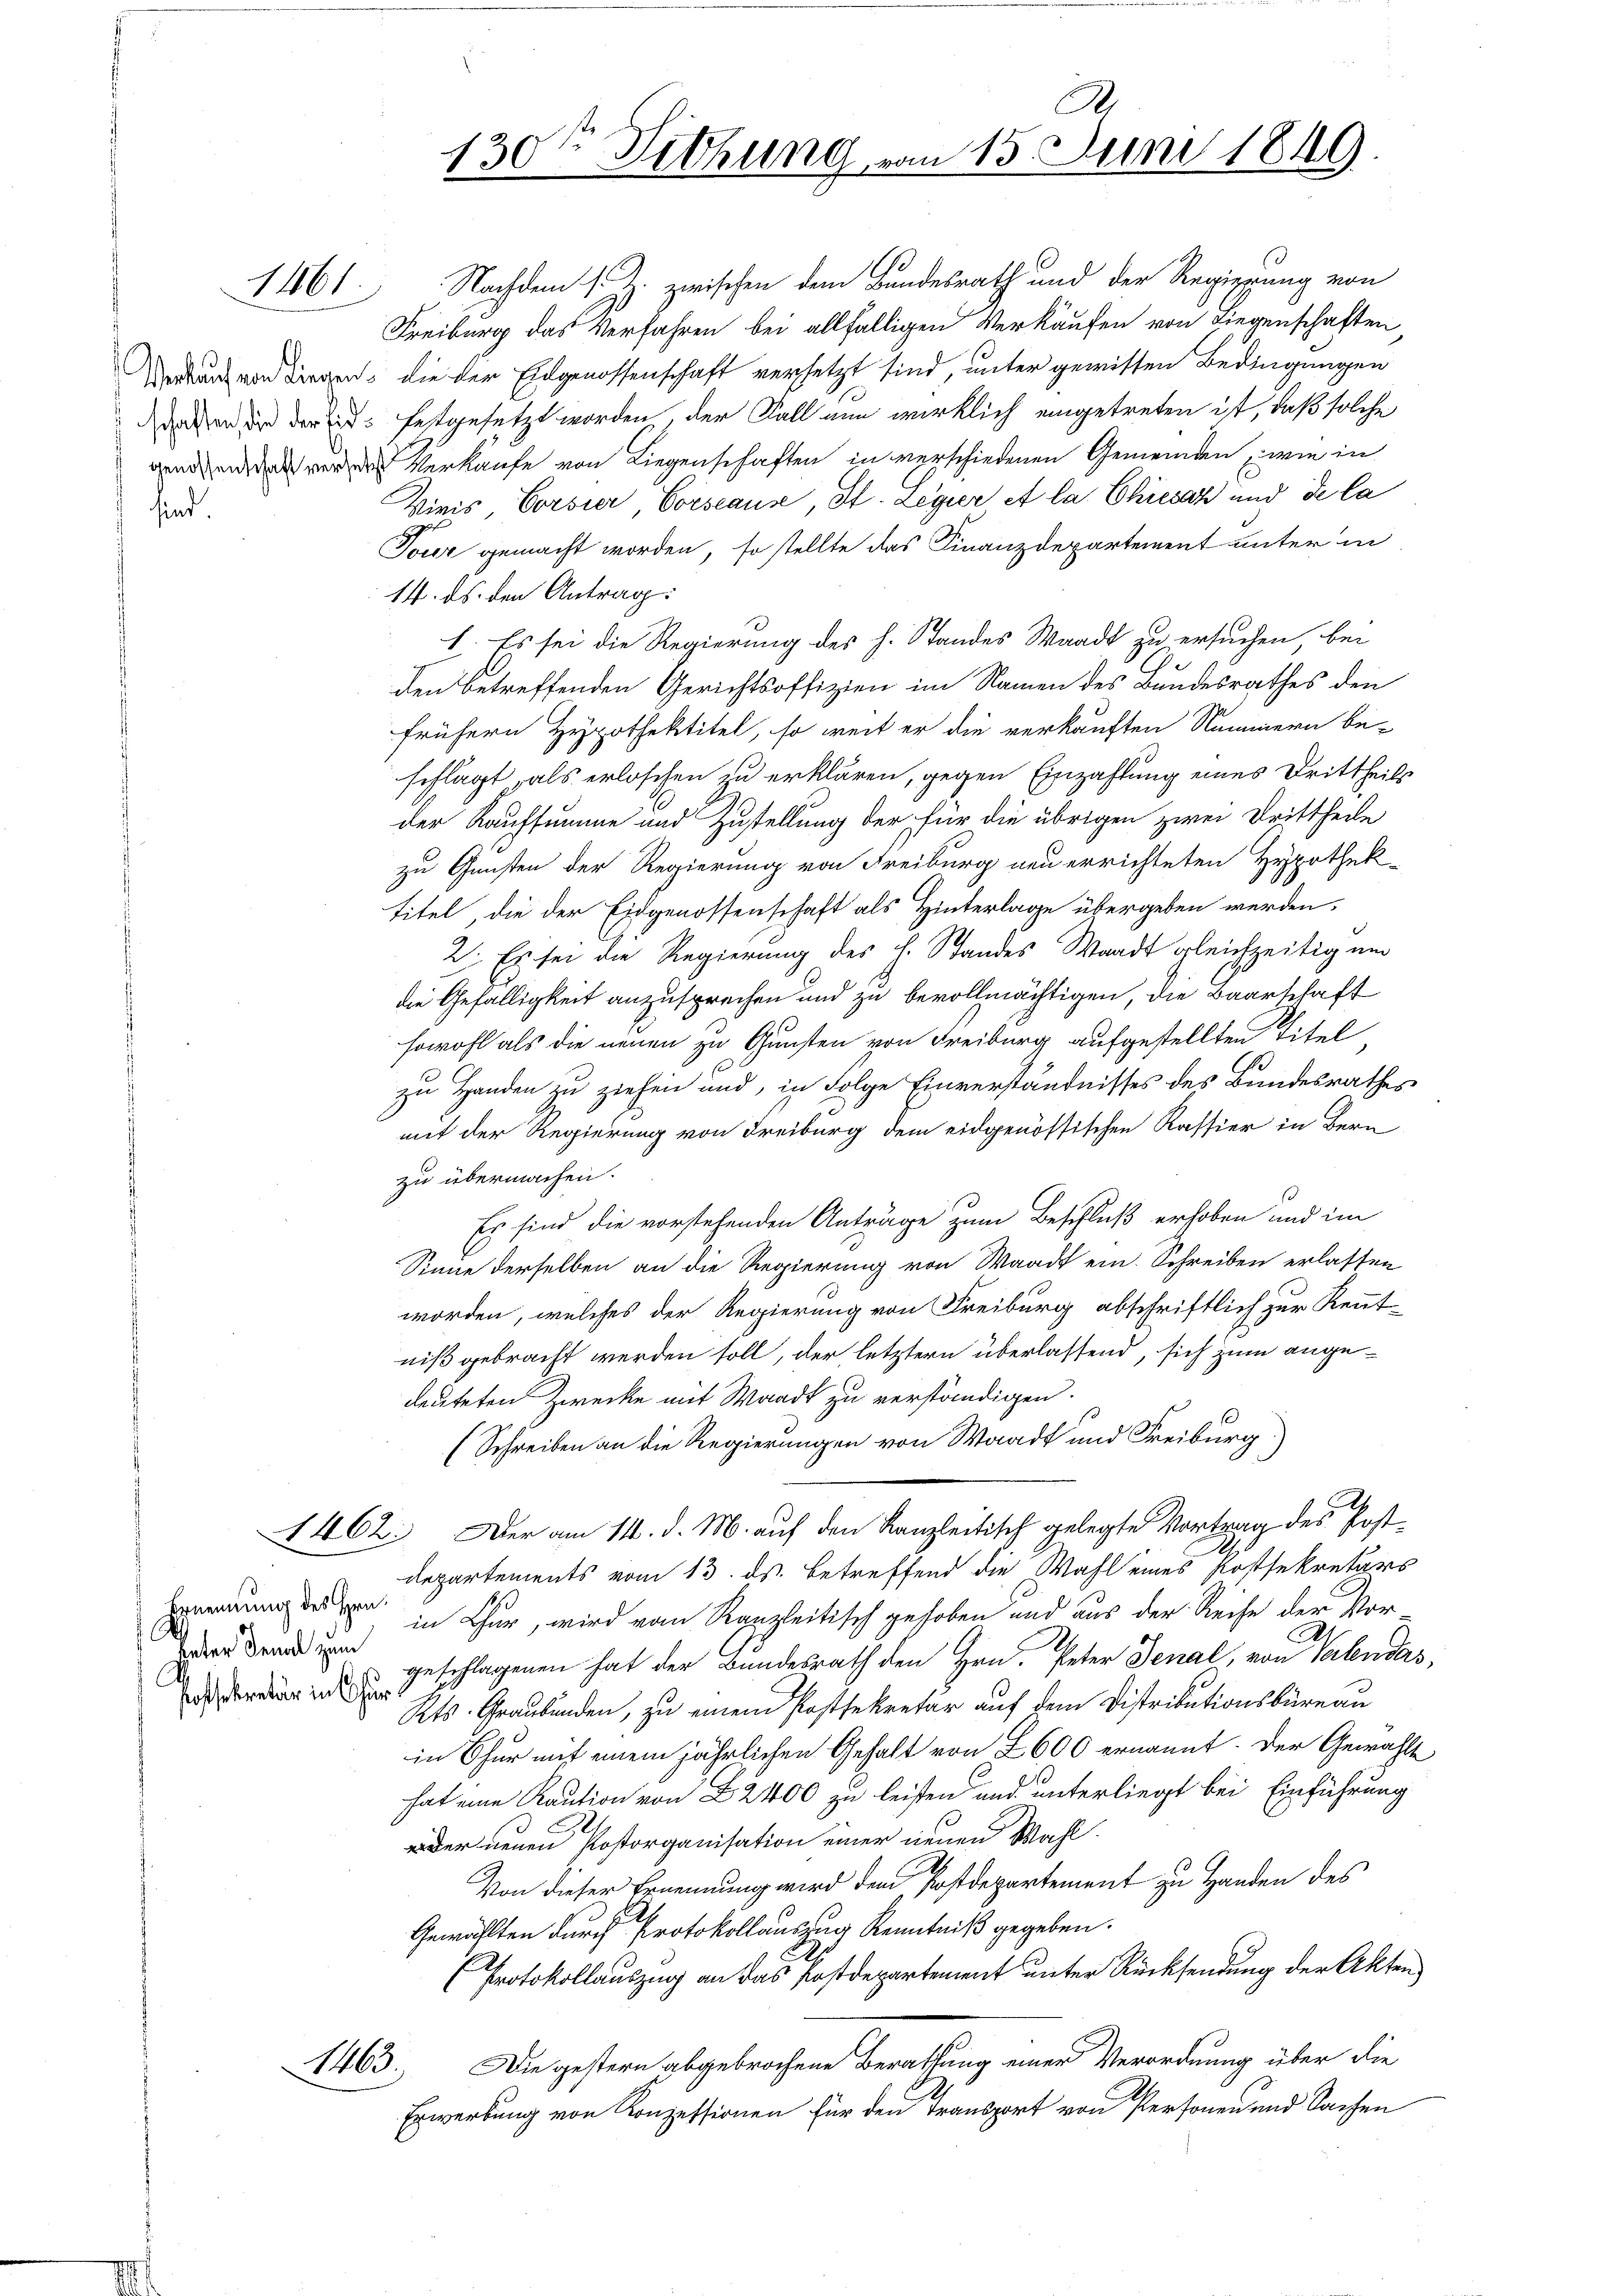
11861.

sind.

Ernennung des Hrn.
Pater dann zum
Possekretär in Thur¬

163.

.
130ten Sitzung vom 15. Juni 1849

Nachdem s. Z. zwischen dem Bundesrath und der Regierung von
Freiburg das Verfahren bei allfälligen Verkäufen von Liegenschaften,
Wenn irgen die der Eidgenossenschaft versetzt sind, unter gewissen Bedingungen
dn der der festgesetzt worden, der Fall nun wirklich eingetreten ist, daß solche
en Verkaufe von Liegenschaften in verschiedenen Gemeinden, wie in
Viris Corsier Vorseause, St. Legier et la Chiesaz und de la
Tour gemacht worden, so stellte das Finanzdepartement unter in
14. ds. den Antrag:
I. Es sei die Regierung des h. Standes Waadt zu ersuchen, bei
den betreffenden Gerichtsoffizien im Namen des Bundesrathes den
frühern Hypothektitel, so weit er die verkauften Nummern be-
schlägt, als erloschen zu erklären, gegen Einzahlung eines Drittheils
der Kaufsumme und Zustellung der für die übrigen zwei Drittheile
zu Gunsten der Regierung von Freiburg neu errichteten Hypothek-
Titel die der Eidgenossenschaft als Hinterlage übergeben werden,
2. Es sei die Regierung des H. Standes Waadt gleichzeitig um
die Gefälligkeit anzusprechen und zu bevollmächtigen, die Baarschaft
sowohl als die neuen zu Gunsten von Freiburg aufgestellten Titel,
zu Handen zu ziehen und, in Folge Einverständnisses des Bundesrathes
mit der Regierung von Freiburg dem eidgenössischen Kassier in Bern
zu übermachen.
Es sind die vorstehenden Anträge zum Beschluß erhoben und im
Sinne derselben an die Regierung von Waadt ein Schreiben erlassen
worden, welches der Regierung von Freiburg abschriftlich zur Kenntniß gebracht werden soll, der letztern überlassend, sich zum angeleuteten Zwecke mit Waadt zu verständigen.
(Schreiben an die Regierungen von Waadt und Freiburg.
1462. Der am 14. d. M. auf den Kanzleitisch gelegte Vortrag des Post¬
Departements vom 13. ds. betreffend die Wahl eines Postsekretärs
in Chur, wird vom Kanzleitisch gehoben und aus der Reise der Vor-
geschlagenen hat der Bundesrath den Hrn. Peter Denal, von Valen das,
Kts. Graubünden, zu einem Posttekretär auf dem Distributionsbüreau
in Chur mit einem jährlichen Gehalt von 2600 ernannt. Der Gewählt
hat eine Kaution von Z. 2400 zu leisten und unterliegt bei Einführung
oder neuen Postorganisation einer neuen Wahl.
Von dieser Ernennung wird dem Postdepartement zu Handen des
Gewählten durch Protokollauszug Kenntniß gegeben.
Protokollauszug an das Postdepartement unter Rücksendung der Akten
Die gestern abgebrochene Berathung einer Verordnung über die
Erwerbung von Konzessionen für den Transport von Personen und Sachen